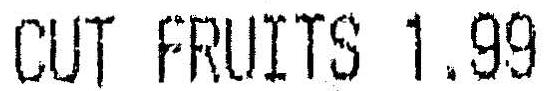
CUT FRUITS 1.99